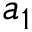
a _ { 1 }